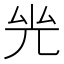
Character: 𠒊